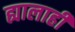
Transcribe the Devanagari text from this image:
ह्यालाही